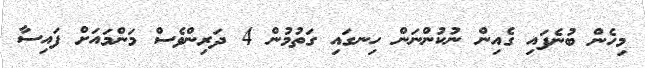
މިހެން ބުނެފައި ގެއިން ނުކުންނަން ހިނގައި ގަތުމުން 4 ދަރިންވެސް މަންމައަށް ފައިސާ